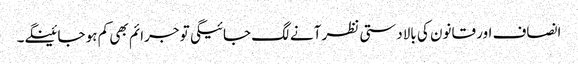
انصاف اور قانون کی بالادستی نظر آنے لگ جائیگی تو جرائم بھی کم ہو جائینگے۔